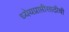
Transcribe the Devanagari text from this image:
ध्येयप्राप्तीसाठीची